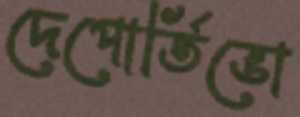
দেপোর্তিভো